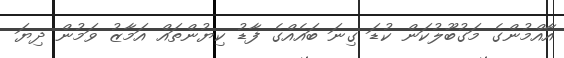
އާއްމުންގެ މަގުބޫލުކަން ކުޑަ ގިނަ ބައެއްގެ ފާޑު ކިޔުންތައް އަމާޒު ވަމުން ދިޔަ